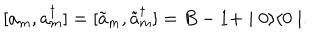
[ a _ { m } , a _ { m } ^ { \dagger } ] = [ \tilde { a } _ { m } , \tilde { a } _ { m } ^ { \dagger } ] = B - 1 + \mid 0 \rangle \langle 0 \mid .